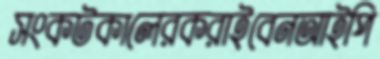
সংকটকালেরকরাইবেনআইপি